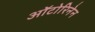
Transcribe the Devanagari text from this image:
ऑटोरिनेन